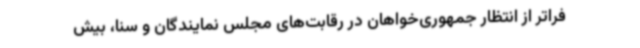
فراتر از انتظار جمهوری‌خواهان در رقابت‌های مجلس نمایندگان و سنا، بیش